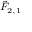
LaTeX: \scriptstyle { \vec { F } } _ { 2 , 1 }